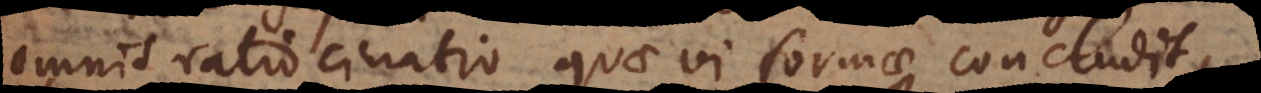
omnis ratiocinatio quae vi formae concludit,